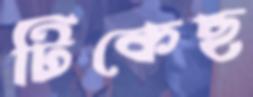
টিকেছ